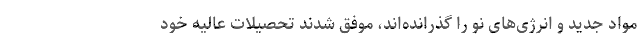
مواد جدید و انرژی‌های نو را گذرانده­اند، موفق شدند تحصیلات عالیه خود